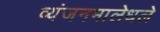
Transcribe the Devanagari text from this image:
व्यंजनमालेधले